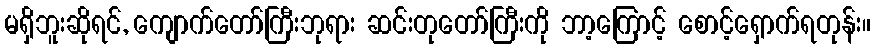
မရှိဘူးဆိုရင်, ကျောက်တော်ကြီးဘုရား ဆင်းတုတော်ကြီးကို ဘာ့ကြောင့် စောင့်ရှောက်ရတုန်း။